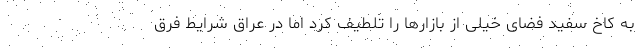
به کاخ سفید فضای خیلی از بازارها را تلطیف کرد اما در عراق شرایط فرق